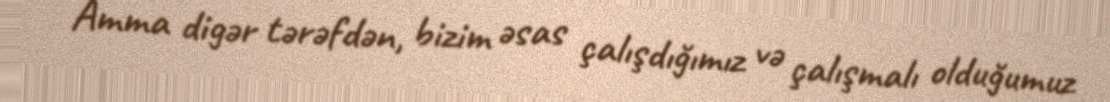
Amma digər tərəfdən, bizim əsas çalışdığımız və çalışmalı olduğumuz